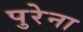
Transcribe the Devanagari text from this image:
पुरेना